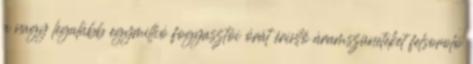
a nagy legalább egymillió fogyasztói órát érintő áramszüneteket felsoroló